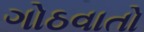
ગોઠવાતો